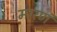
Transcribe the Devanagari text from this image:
मारणं